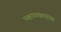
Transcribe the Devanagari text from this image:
पक्षाध्यक्षपदावर